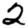
Digit: 2